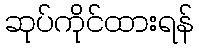
ဆုပ်ကိုင်ထားရန်